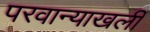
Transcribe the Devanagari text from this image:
परवान्याखली